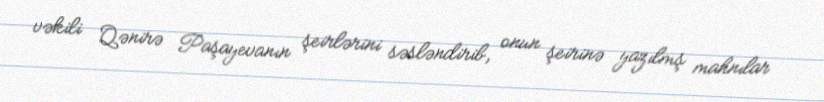
vəkili Qənirə Paşayevanın şeirlərini səsləndirib, onun şeirinə yazılmş mahnılar